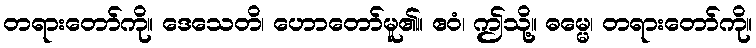
တရားတော်ကို။ ဒေသေတိ၊ ဟောတော်မူ၏။ ဧဝံ၊ ဤသို့။ ဓမ္မေ၊ တရားတော်ကို။